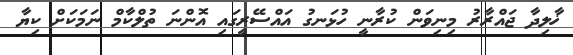
ޚާލިދާ ޖައްރާރު މިނިވަން ކުރާނީ ހުޅަނގު އައްސޭރީގައި އޮންނަ ތުލްކާމް ނަމަކަށް ކިޔާ